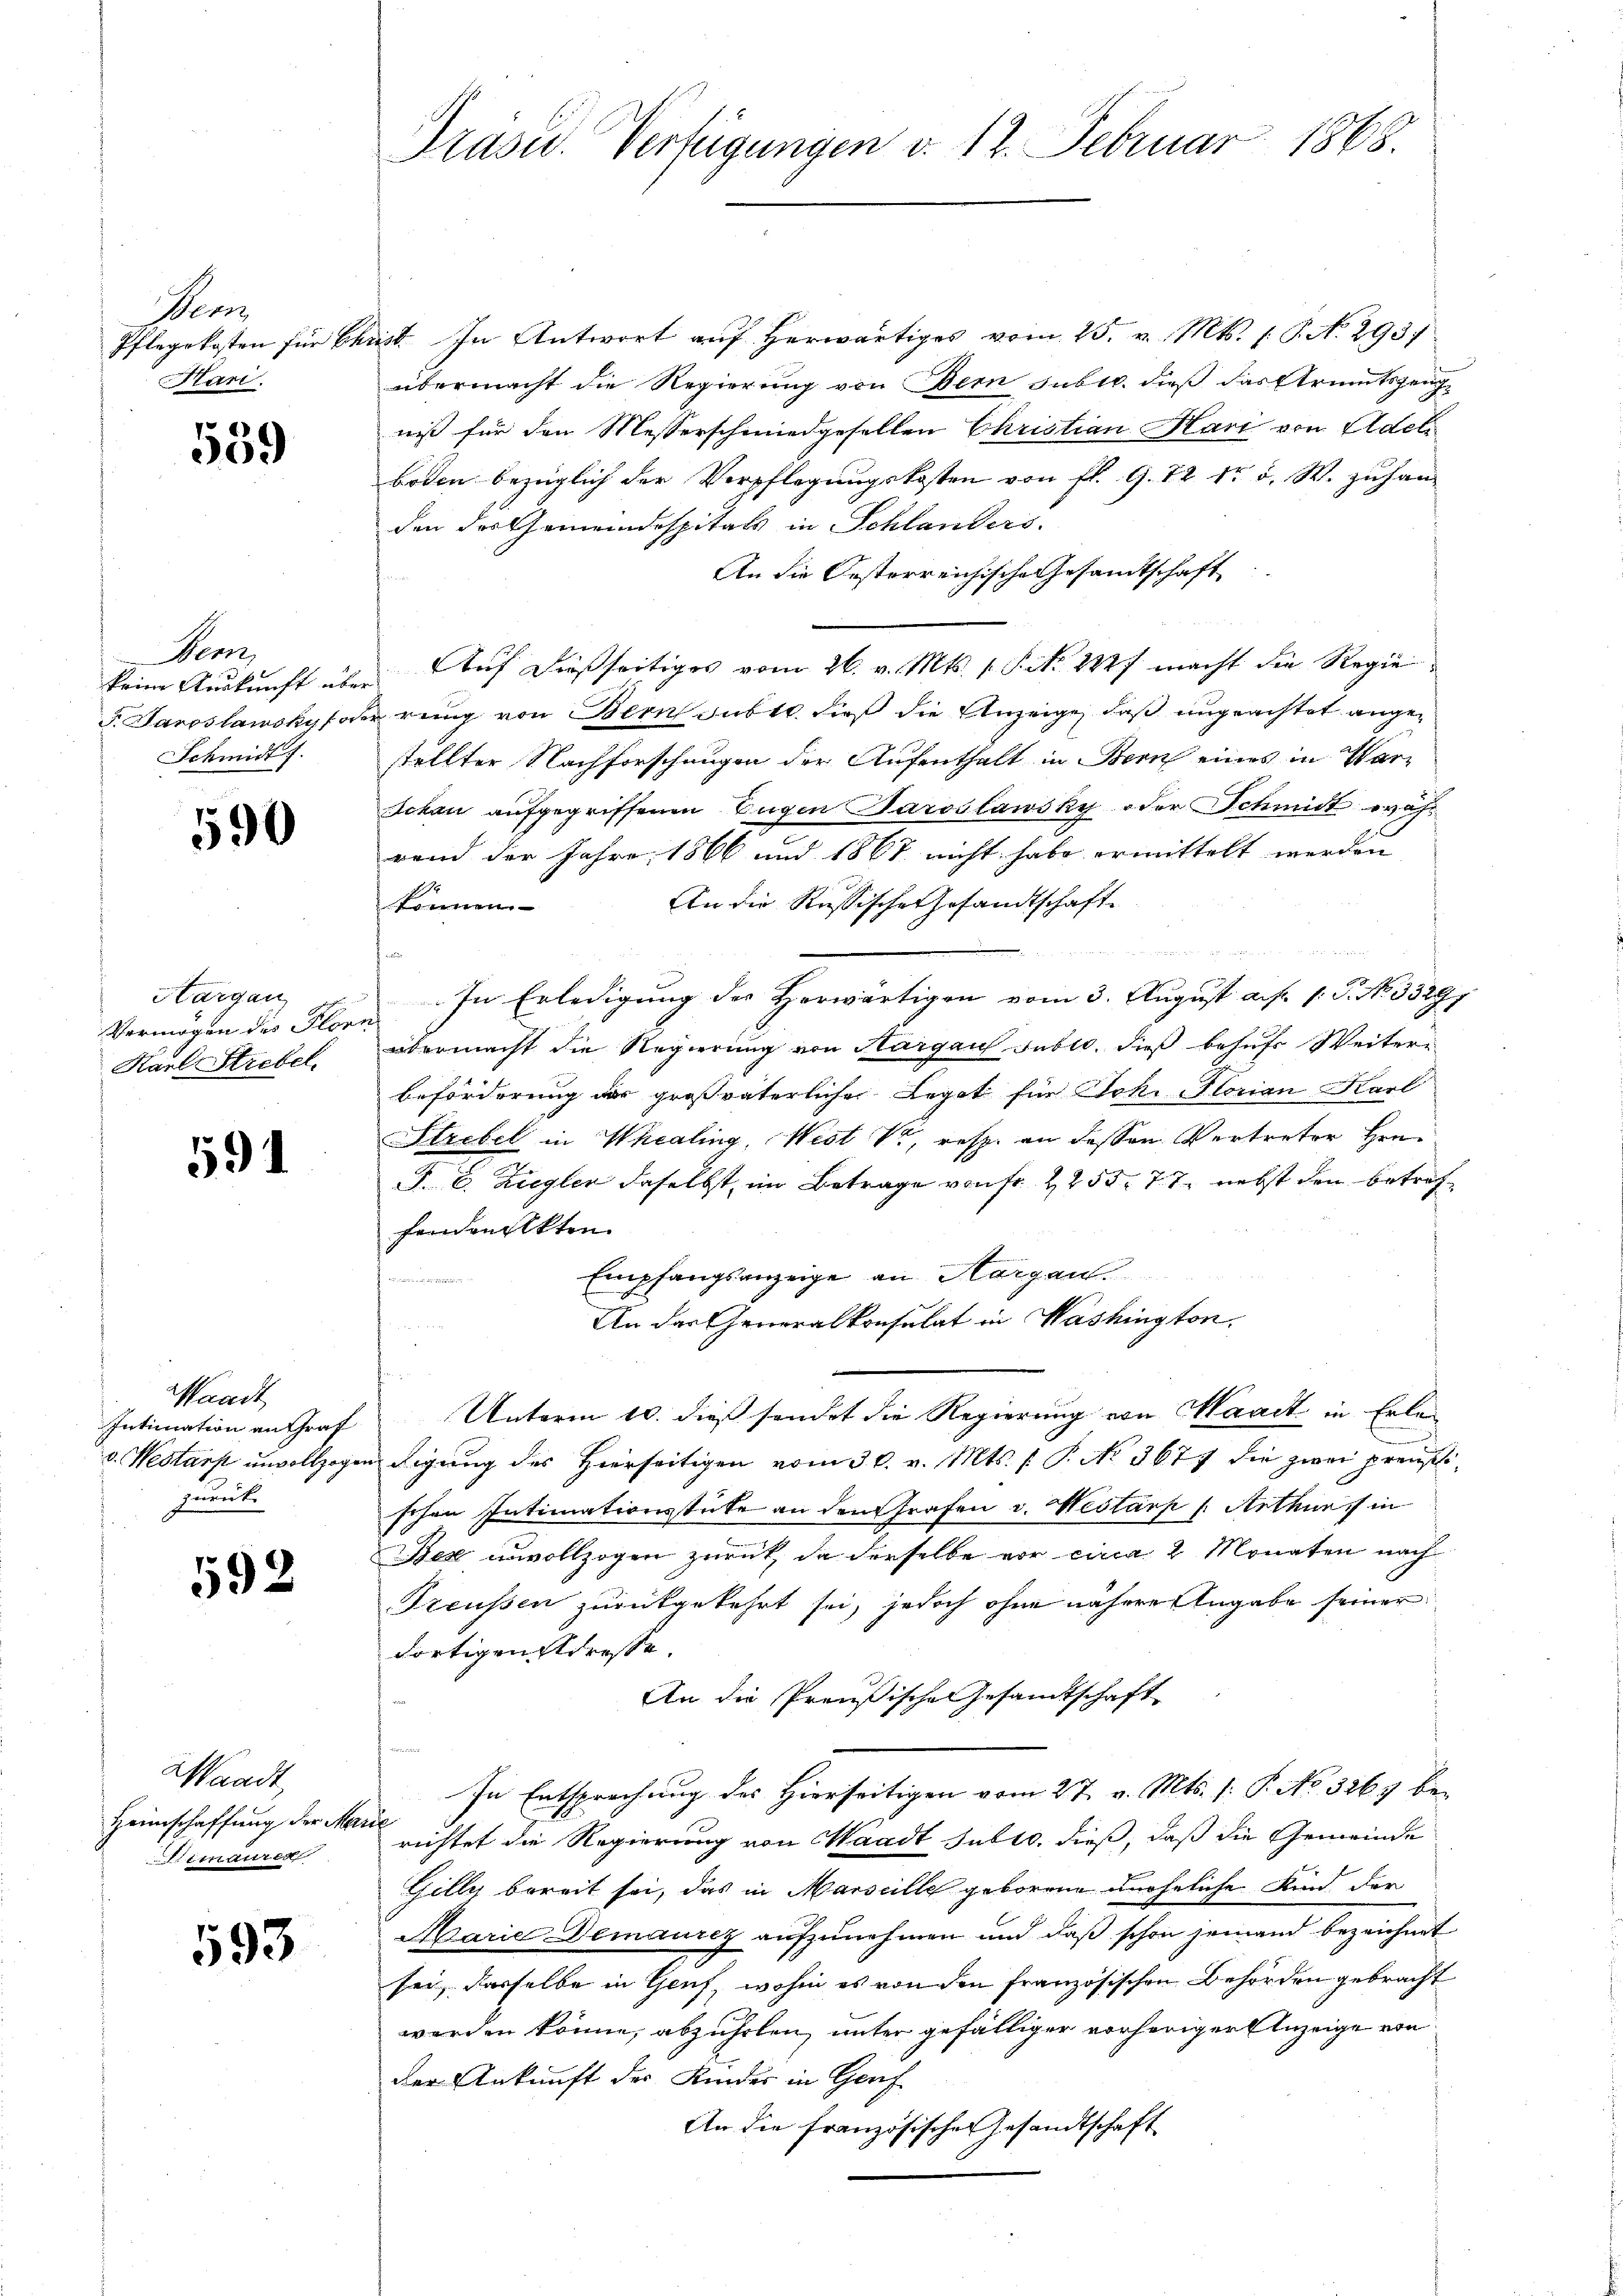
Pens
Pflegekosten für B.
Hari.

539

Nem,
keine Auskunft über
 Taroslawsky fa
Schmidt

590

Hargau,
Vermögen des Flor
Karl Strebel.

591

Waadt
Intimation an Graf
v. Nestars unvollzogen
zurük

592

Waadt,
Heimschaffung der Mar
Simauren

593

Präsid. Verfügungen v. 12. Februar 1868.

beist. In Antwort auf herwärtiges vom 25. v. Mts. 1. P. N. 2937
übermacht die Regierung von Bern subtr. dieß das Armutszeug-
niß für den Messerschmiedgesellen Christian Hari von Adeli
boten bezüglich der Verpflegungskosten von fl. G. 22 dr d. W. zuhan-
den des Gemeindespitals in Schlanders.
An die Oesterreichische Gesamtschaft
Auf dießseitiges vom 26. v. Mts. f. Pit. 284f macht die Regie
reng von Bern subst dieß die Anzeige, daß ungeachtet angestellter Nachforschungen der Aufenthalt in Bern eines in War¬
Schau aufgegriffenen Eugen Paroslawsky oder Schmidt währ
rend der Jahre 1866 und 1867 nicht habe ermittelt werden |
An die Russische Gesandtschaft
können.
In Erledigung der Herwärtigen vom 3. August a. p. 1. P. No. 53291
übermacht die Regierung von Margau subli, dieß behufs Weiter-
beförderung der großväterliche Legat für Joh. Florian Karl
Strebel in Whealing, West Vr, resp. an dessen Vertreter Hrn
F. C. Ziegler daselbst, im Betrage von fr. 2255. 77. nebst den betrefformerkten.
Empfangsanzeige an Hergans.
 . . . .
An das Generalkonsulat in Washington,
Unterm 10. dieß sondet die Regierung von Waadt, in Erle
edigung des Hierseitigen vom 30. v. Mts. f. P. No 3677 die zwei preußischen Intimationsstücke an den trafen v. Westark s. Arthur in
Bez unvollzogen zurück, da derselbe vor circa 2 Monaten nach
Treussen zurückgekehrt sei, jedoch ohne nähere Angabe seiner
dortigen Adresse.
An die Preußische Gesandtschaft
In Entsprechung des Hierseitigen vom 27. v. Mts. (: P. No 3263 beh
richtet die Regierung von Waadt subro. dieß, daß die Gemeinde
Gilly bereit sei, das in Marseille geborene uneheliche Kind der¬
Marie Demaurez aufzunehmen und daß schon jemand bezeichnet
sei, dasselbe in Genf, wohin es von den französischen Behörden gebracht
werden könne, abzuholen, unter gefälliger vorheriger Anzeige von
der Ankunft des Kinder in Gruf
An die französischen Gesandtschaft